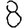
Digit: 8